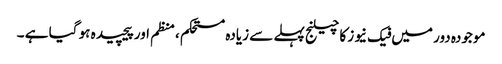
موجودہ دور میں فیک نیوز کا چیلنج پہلے سے زیادہ مستحکم ،منظم اور پیچیدہ ہو گیا ہے ۔